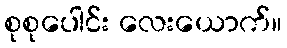
စုစုပေါင်း လေးယောက်။